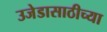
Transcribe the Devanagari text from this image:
उजेडासाठीच्या